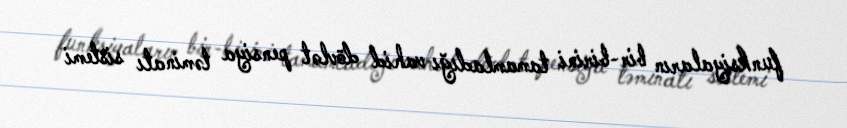
funksiyaların bir-birini tamamladığı vahid dövlət pensiya təminatı sistemi